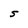
Character: S